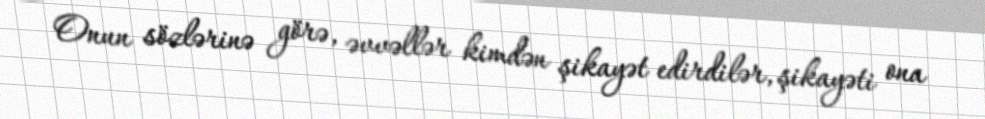
Onun sözlərinə görə, əvvəllər kimdən şikayət edirdilər, şikayəti ona